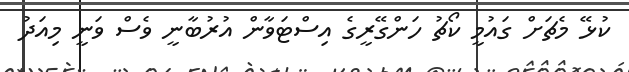
ކުޅޭ މެޗަށް ގައުމީ ކޯޗު ހަންގޭރީގެ އިސްޓަވާން އުރުބާނީ ވެސް ވަނީ މިއަދު